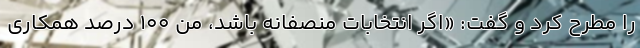
را مطرح کرد و گفت: «اگر انتخابات منصفانه باشد، من ۱۰۰ درصد همکاری